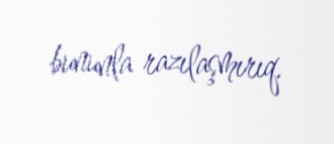
bununla razılaşmırıq.